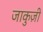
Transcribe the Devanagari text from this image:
जाकुज़ी